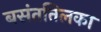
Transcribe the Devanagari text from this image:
बसंततिलका